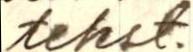
tekst.